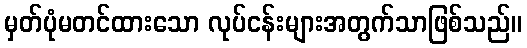
မှတ်ပုံမတင်ထားသော လုပ်ငန်းများအတွက်သာဖြစ်သည်။